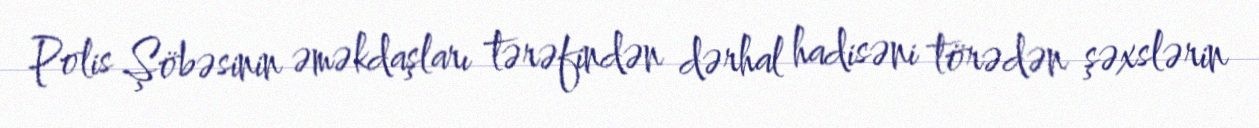
Polis Şöbəsinin əməkdaşları tərəfindən dərhal hadisəni törədən şəxslərin